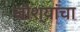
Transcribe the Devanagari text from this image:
जोश्यांचा